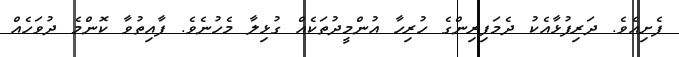
ފެށިއެވެ. ދަރިފުޅާއެކު ދެމަފިރިންގެ ހުރިހާ އުންމީދުތަކެއް ގުޅިލާ މެހުނެވެ. ފާއިތުވާ ކޮންމެ ދުވަހެއް